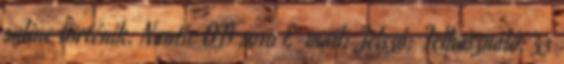
online történik. Nautic OB 2010 E-mail: Jelszó: Felhasználó: 53